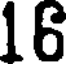
16